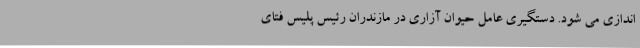
اندازی می شود. دستگیری عامل حیوان آزاری در مازندران رئیس پلیس فتای